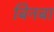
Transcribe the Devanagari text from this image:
बिनबा